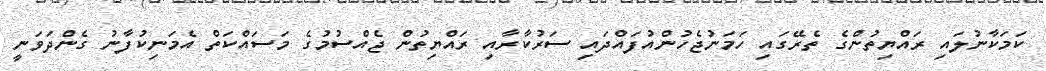
ކަމަކާނުލައި ރައްޔިތުންގެ ތެރޭގައި ހަމަނުޖެހުންއުފައްދައި ސަރުކާރާއި ރައްޔިތުން ޖެއްސުމުގެ މަސައްކަތް އެމަނިކުފާނު ގެންދަވަނީ